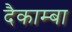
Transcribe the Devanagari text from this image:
दैकाम्बा